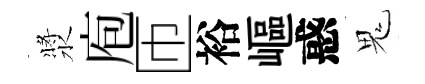
漿庖匝裕嶇惑鬼